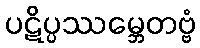
ပဋိပ္ပဿမ္ဘေတဗ္ဗံ